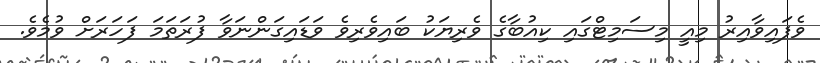
ވެފައިވާއިރު މިއީ މިސަމިޓްގައި ކިއުބާގެ ވެރިޔަކު ބައިވެރިވެ ވަޑައިގަންނަވާ ފުރަތަމަ ފަހަރަށް ވުމެވެ.